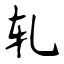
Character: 轧